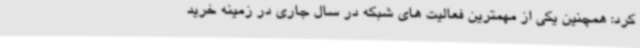
کرد: همچنین یکی از مهمترین فعالیت های شبکه در سال جاری در زمینه خرید